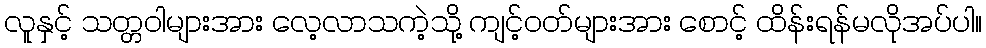
လူနှင့် သတ္တဝါများအား လေ့လာသကဲ့သို့ ကျင့်ဝတ်များအား စောင့် ထိန်းရန်မလိုအပ်ပါ။